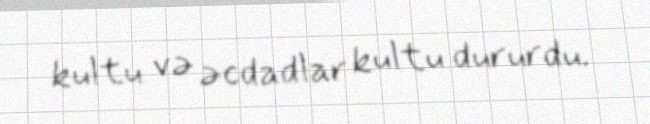
kultu və əcdadlar kultu dururdu.